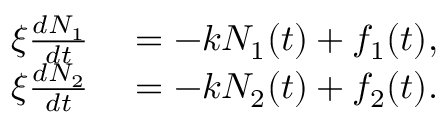
\begin{array} { r l } { \xi \frac { d N _ { 1 } } { d t } } & { { } = - k N _ { 1 } ( t ) + f _ { 1 } ( t ) , } \\ { \xi \frac { d N _ { 2 } } { d t } } & { { } = - k N _ { 2 } ( t ) + f _ { 2 } ( t ) . } \end{array}